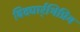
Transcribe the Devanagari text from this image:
विद्यार्र्थिप्रिय